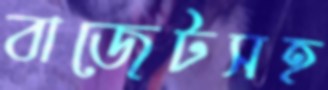
বাজেটসহ